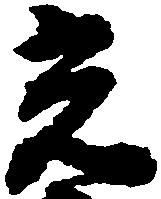
光